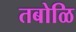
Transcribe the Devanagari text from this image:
तबोळि